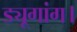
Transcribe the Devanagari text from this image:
ड्यूगांग।